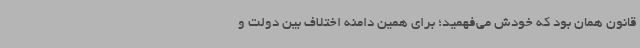
قانون همان بود که خودش می‌فهمید؛ برای همین دامنه اختلاف بین دولت و